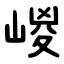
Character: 嵕